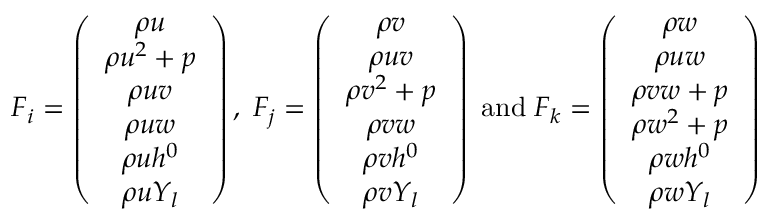
F _ { i } = \left( \begin{array} { c } { \rho { u } } \\ { \rho { u ^ { 2 } } + p } \\ { \rho { u v } } \\ { \rho { u w } } \\ { \rho { u h ^ { 0 } } } \\ { \rho { u Y _ { l } } } \end{array} \right) , \; F _ { j } = \left( \begin{array} { c } { \rho { v } } \\ { \rho { u v } } \\ { \rho { v ^ { 2 } } + p } \\ { \rho { v w } } \\ { \rho { v h ^ { 0 } } } \\ { \rho { v Y _ { l } } } \end{array} \right) \; \mathrm { a n d } \; F _ { k } = \left( \begin{array} { c } { \rho { w } } \\ { \rho { u w } } \\ { \rho { v w } + p } \\ { \rho { w ^ { 2 } } + p } \\ { \rho { w h ^ { 0 } } } \\ { \rho { w Y _ { l } } } \end{array} \right)